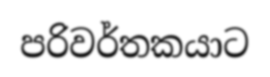
පරිවර්තකයාට